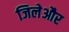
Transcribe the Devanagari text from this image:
जिलेऔर